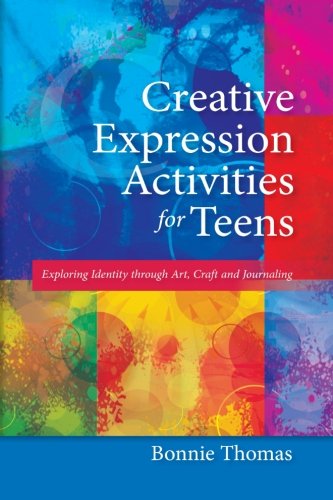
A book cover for Creative Expression Activities for Teens: Exploring Identity through Art, Craft and Journaling; Bonnie Thomas; Health, Fitness & Dieting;